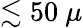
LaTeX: \lesssim 50~\mu